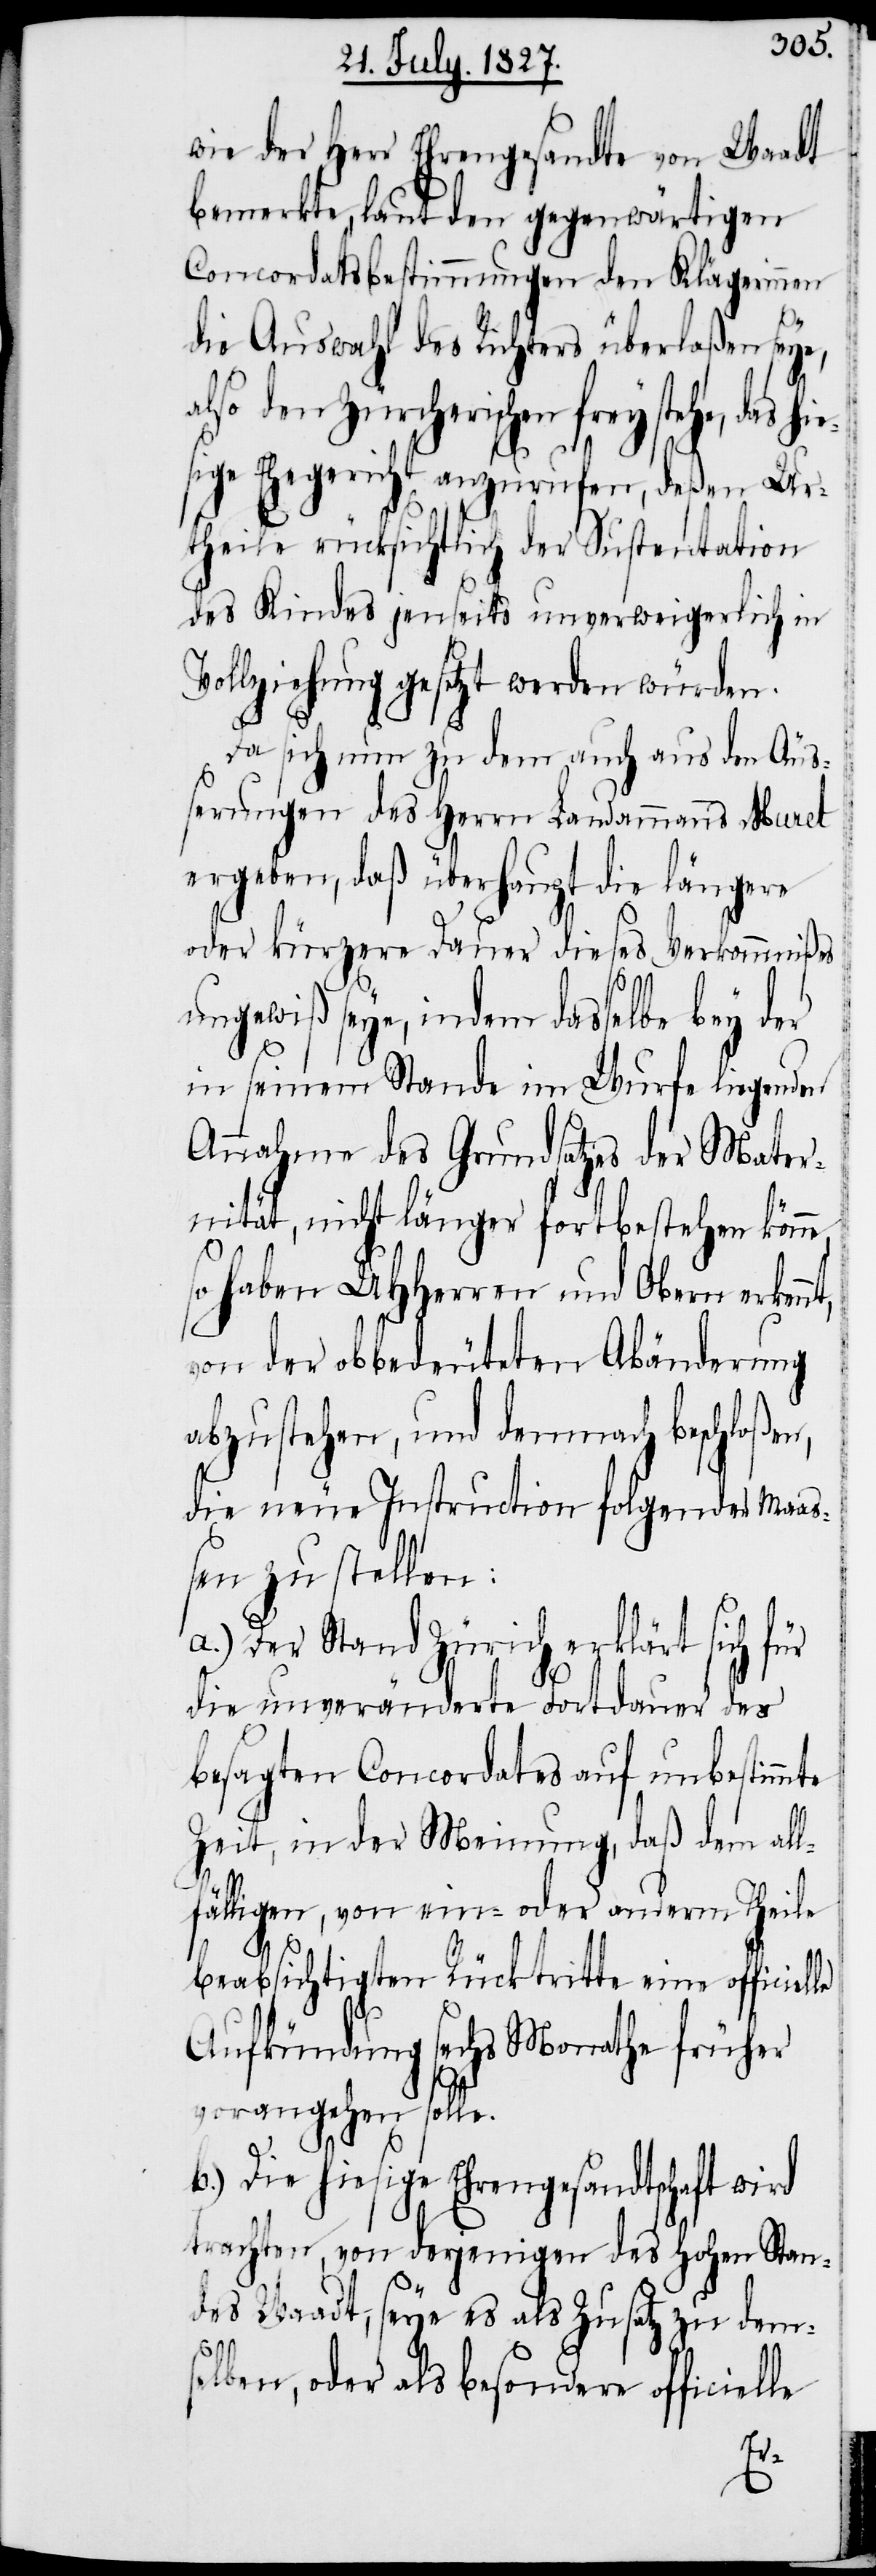
wie der Herr Ehrengesandte von Waadt
bemerkte, laut den gegenwärtigen
Concordatsbestimmungen den Klägerinnen
die Auswahl des Richters überlaßen seye,
also den Zürcherischen frey stehe, das h¬
lle
sige Ehegericht anzurufen, deßen Ur¬
theile rücksichtlich der Sustentation
des Kindes jenseits unverweigerlich in
Vollziehung gesetzt werden würden.
Da sich nun zu dem auch aus den Äuß¬
erung des Herrn Landammanns Muret
ergeben, daß überhaupt die längere
oder kürzere Dauer diese Verkommnißes
ungewiß seye, indem dasselbe bey der
in seinem Stande im Wurfe liegenden
Annahme des Grundsatzes der Mater¬
nität, nicht länger fortbestehen könne,
so haben UHHerren und Obern erken¬
von der obbedeuteten Abänderung
abzustehen, und demnach beschloßen,
die neue Instruction folgender Maa¬
ßen zu stellen:
a.) Der Stand Zürich erklärt sich für
die unveränderte Fortdauer des
besagten Concorates auf unbestimmte
Zeit, in der Meinung, daß dem all¬
fälligen, von ein- oder anderm Theile
beabsichtigten Rücktritte eine officie¬
Aufkündigung sechs Monathe früher
vorangehen solle.
b.) Die hiesige Ehrengesandtschaft wird
trachten, von derjenigen des Hohen Stan¬
des Waadt, seye es als Zusatz zu dem¬
selben, oder als besondere officie¬